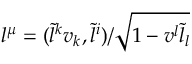
l ^ { \mu } = ( \tilde { l } ^ { k } v _ { k } , \tilde { l } ^ { i } ) / \sqrt { 1 - v ^ { l } \tilde { l } _ { l } }